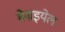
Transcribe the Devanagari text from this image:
मेनाइयेल